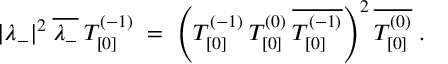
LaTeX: | \lambda _ { - } | ^ { 2 } \: \overline { { { \lambda _ { - } } } } \: T _ { [ 0 ] } ^ { ( - 1 ) } \; = \; \left( T _ { [ 0 ] } ^ { ( - 1 ) } \: T _ { [ 0 ] } ^ { ( 0 ) } \: \overline { { { T _ { [ 0 ] } ^ { ( - 1 ) } } } } \right) ^ { 2 } \overline { { { T _ { [ 0 ] } ^ { ( 0 ) } } } } \; .